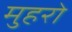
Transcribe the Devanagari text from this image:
मुहरो